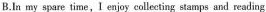
B.In my spare time, I enjoy collecting stamps and reading